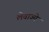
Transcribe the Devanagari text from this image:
लेवाज्ये